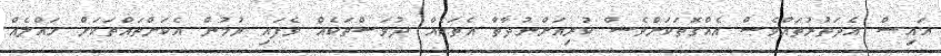
އައިސް އެދަތުރުތައްވެސް އެއްގޮތަކަށްވެސް ކުރިއަށްނުދާތާ އެތަކެއް ދުވަސްތަކެއް ވެފައި ވުމުން އެކަންތައްތަކަށް ހައްލެއް